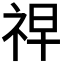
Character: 𮁲